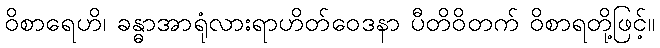
ဝိစာရေဟိ၊ ခန္ဓာအာရုံလားရာဟိတ်ဝေဒနာ ပီတိဝိတက် ဝိစာရတို့ဖြင့်။